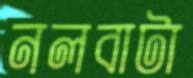
নলবাটা